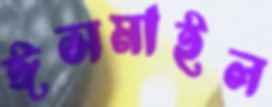
ঈসমাইল